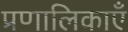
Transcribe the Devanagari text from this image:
प्रणालिकाएँ